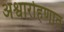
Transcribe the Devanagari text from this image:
अश्वारोहणात